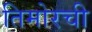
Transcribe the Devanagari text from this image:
तिमोरची